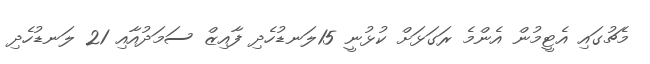
މެޗުގައި އެޓީމުން އެންމެ ރަގަޅަށް ކުޅުނީ 15ލަނޑުހެދި ފާއިޒް ސަމަދުއާއި 21 ލަނޑުހެދި